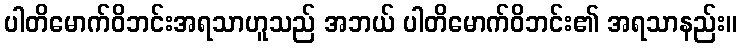
ပါတိမောက်ဝိဘင်းအရသာဟူသည် အဘယ် ပါတိမောက်ဝိဘင်း၏ အရသာနည်း။